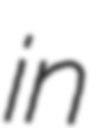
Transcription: in